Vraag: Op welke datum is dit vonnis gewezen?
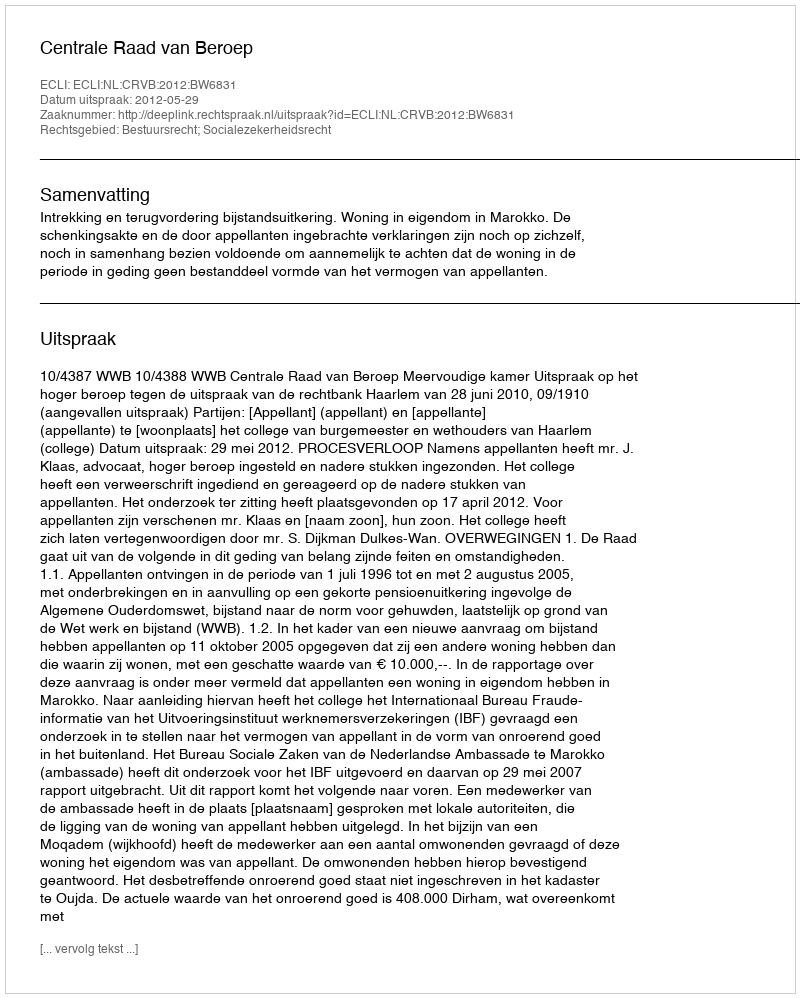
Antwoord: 2012-05-29